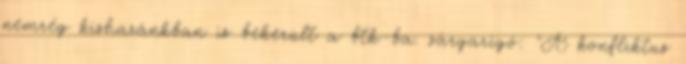
nemrég kishazánkban is bekerült a btk-ba. sárgarigó: "A konfliktus